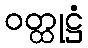
ဝတ္ထုဋ္ဌံ